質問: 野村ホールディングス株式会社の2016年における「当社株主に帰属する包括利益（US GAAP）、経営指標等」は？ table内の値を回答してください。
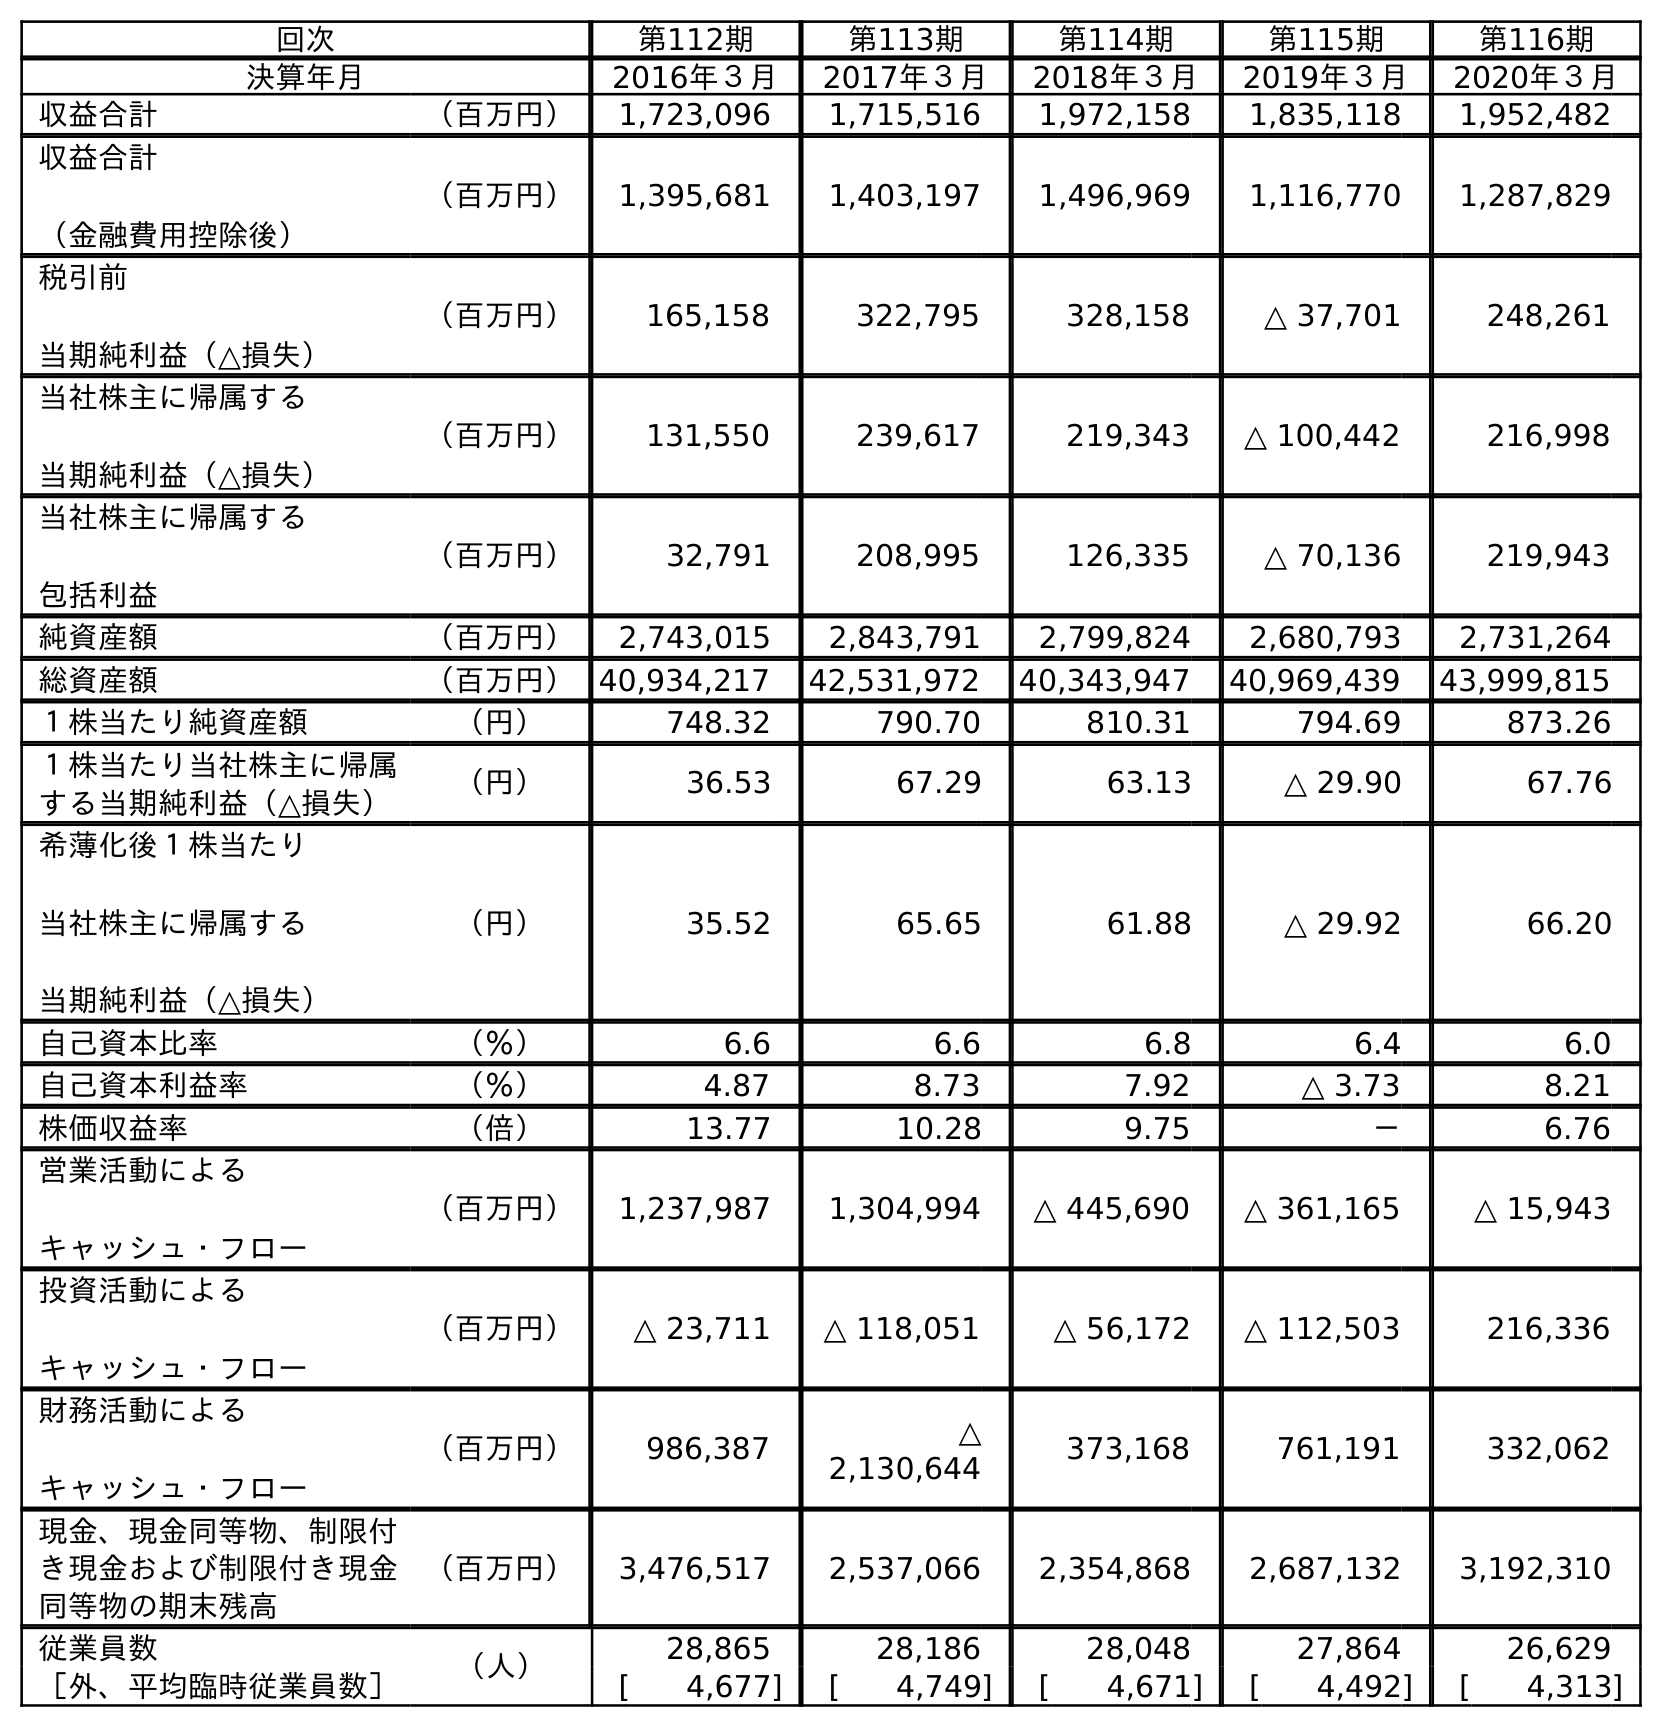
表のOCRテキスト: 回次 第112期 第113期 第114期 第115期 第116期 決算年月 2016年３月 2017年３月 2018年３月 2019年３月 2020年３月 収益合計 （百万円） 1,723,096 1,715,516 1,972,158 1,835,118 1,952,482 収益合計 （金融費用控除後） （百万円） 1,395,681 1,403,197 1,496,969 1,116,770 1,287,829 税引前 当期純利益（△損失） （百万円） 165,158 322,795 328,158 △ 37,701 248,261 当社株主に帰属する 当期純利益（△損失） （百万円） 131,550 239,617 219,343 △ 100,442 216,998 当社株主に帰属する 包括利益 （百万円） 32,791 208,995 126,335 △ 70,136 219,943 純資産額 （百万円） 2,743,015 2,843,791 2,799,824 2,680,793 2,731,264 総資産額 （百万円）40,934,217 42,531,972 40,343,947 40,969,439 43,999,815 １株当たり純資産額 （円） 748.32 790.70 810.31 794.69 873.26 １株当たり当社株主に帰属 する当期純利益（△損失） （円） 36.53 67.29 63.13 △ 29.90 67.76 希薄化後１株当たり 当社株主に帰属する 当期純利益（△損失） （円） 35.52 65.65 61.88 △ 29.92 66.20 自己資本比率 （％） 6.6 6.6 6.8 6.4 6.0 自己資本利益率 （％） 4.87 8.73 7.92 △ 3.73 8.21 株価収益率 （倍） 13.77 10.28 9.75 － 6.76 営業活動による キャッシュ・フロー （百万円） 1,237,987 1,304,994 △ 445,690 △ 361,165 △ 15,943 投資活動による キャッシュ・フロー （百万円） △ 23,711 △ 118,051 △ 56,172 △ 112,503 216,336 財務活動による キャッシュ・フロー （百万円） 986,387 △ 2,130,644 373,168 761,191 332,062 現金、現金同等物、制限付 き現金および制限付き現金 同等物の期末残高 （百万円） 3,476,517 2,537,066 2,354,868 2,687,132 3,192,310 従業員数 （人） 28,865 28,186 28,048 27,864 26,629 ［外、平均臨時従業員数］ [ 4,677] [ 4,749] [ 4,671] [ 4,492] [ 4,313]
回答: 32,791